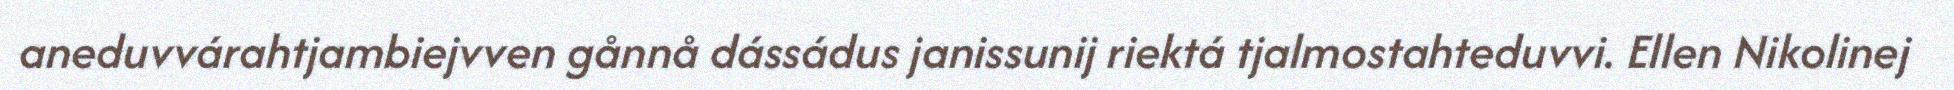
aneduvvárahtjambiejvven gånnå dássádus janissunij riektá tjalmostahteduvvi. Ellen Nikolinej